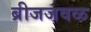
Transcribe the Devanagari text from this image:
ब्रीजजवळ